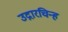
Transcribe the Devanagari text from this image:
उद्गारचिन्ह